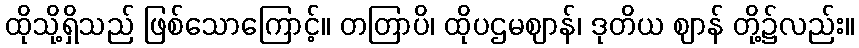
ထိုသို့ရှိသည် ဖြစ်သောကြောင့်။ တတြာပိ၊ ထိုပဌမဈာန်၊ ဒုတိယ ဈာန် တို့၌လည်း။